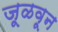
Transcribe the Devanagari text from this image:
जूळवून